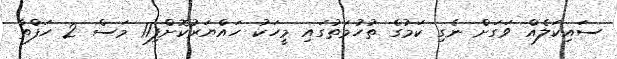
ސައިކަލެއް ވަގަށް ނެގި ކަމުގެ ތުހުމަތުގައި މީހަކު ހައްޔަރުކޮށްފި11 މަސް 2 ހަފްތާ